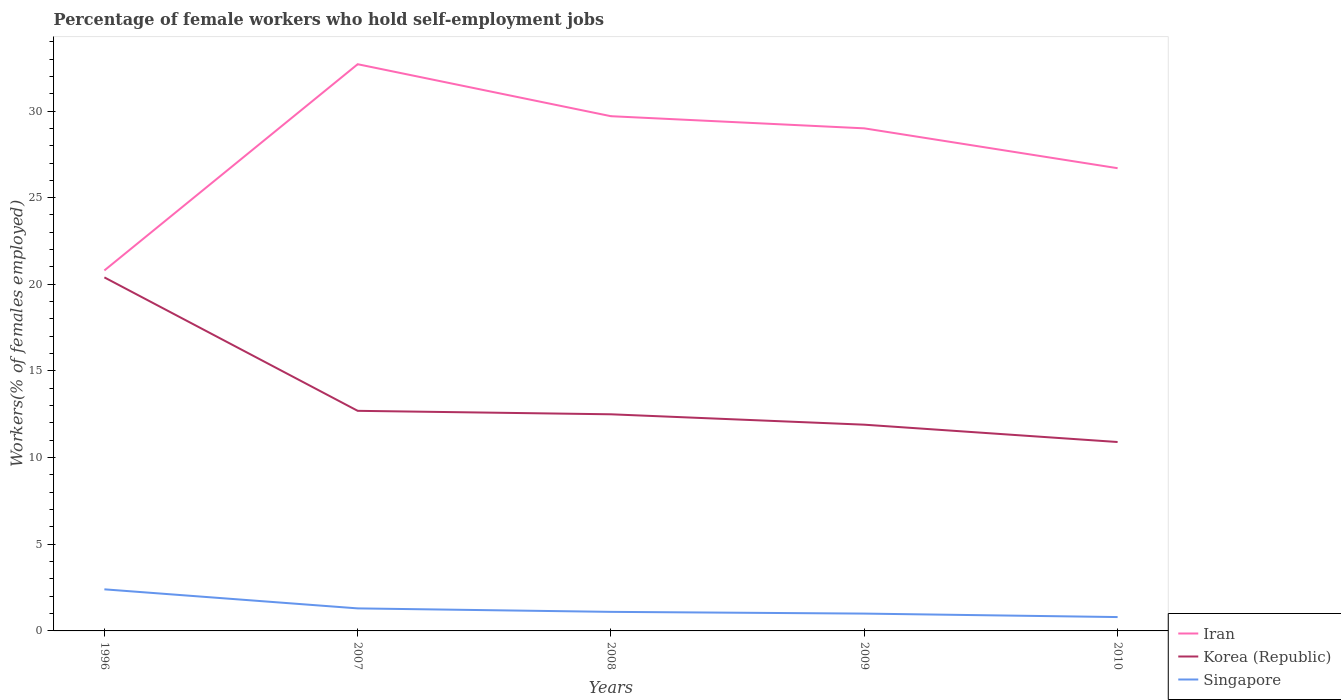
| Years | Iran | Korea (Republic) | Singapore |
 | --- | --- | --- | --- |
 | 1996 | 20.8 | 20.4 | 2.4 |
 | 2007 | 32.7 | 12.7 | 1.3 |
 | 2008 | 29.7 | 12.5 | 1.1 |
 | 2009 | 29 | 11.9 | 1 |
 | 2010 | 26.7 | 10.9 | 0.8 |